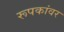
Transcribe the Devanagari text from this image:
रूपकांवर